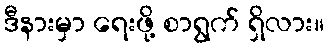
ဒီနားမှာ ရေးဖို့ စာရွက် ရှိလား။